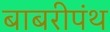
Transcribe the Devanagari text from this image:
बाबरीपंथ